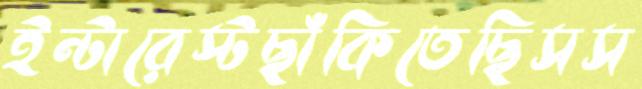
ইন্টারেস্টছাঁকিতেছিসস